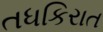
તધકિરાત